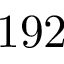
1 9 2